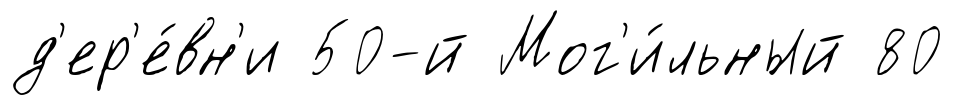
д'ер'е́вн'и 50-й Мог'и́льный 80